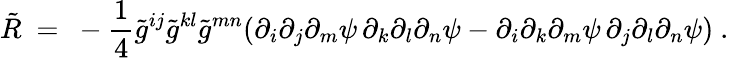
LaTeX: \tilde{R}\ =\ -\frac 14\tilde{g}^{ij}\tilde{g}^{kl}\tilde{g}^{mn}(\partial_{i}\partial_{j}\partial_{m}\psi\, \partial_{k}\partial_{l}\partial_{n}\psi-\partial_{i}\partial_{k}\partial_{m}\psi\, \partial_{j}\partial_{l}\partial_{n}\psi)~.